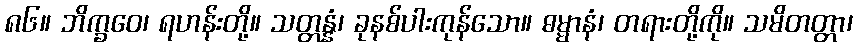
၈၆။ ဘိက္ခဝေ၊ ရဟန်းတို့။ သတ္တန္နံ၊ ခုနစ်ပါးကုန်သော။ ဓမ္မာနံ၊ တရားတို့ကို။ သမိတတ္တာ၊